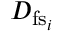
D _ { \mathrm { f s } _ { i } }